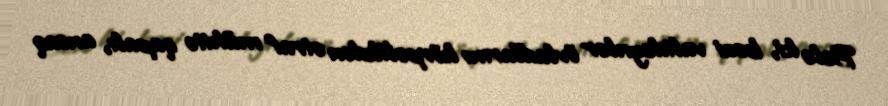
Belə ki, bəzi valideynlər övladlarını körpəlikdən ətraf mühitə qapalı, ancaq